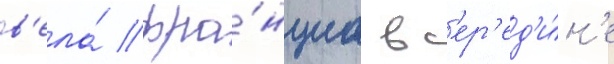
в'ела́ фра́нциа в с'ер'ед'и́н'е